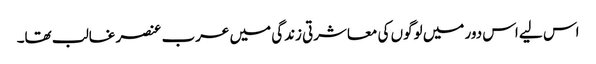
اس لیے اس دور میں لوگوں کی معاشرتی زندگی میں عرب عنصر غالب تھا۔